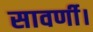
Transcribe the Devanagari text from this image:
सावर्णी।